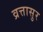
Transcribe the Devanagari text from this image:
व्रत्तासुर